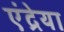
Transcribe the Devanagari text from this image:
एंद्रेया